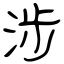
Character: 涉